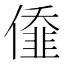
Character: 𠎷